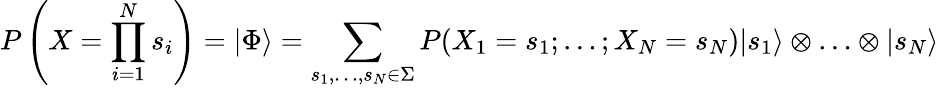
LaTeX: P\left(X=\prod_{i=1}^{N}s_{i}\right)=|\Phi\rangle=\sum_{s_{1},\ldots,s_{N}\in\Sigma}P(X_{1}=s_{1};\ldots;X_{N}=s_{N})|s_{1}\rangle\otimes\ldots\otimes|s_{N}\rangle